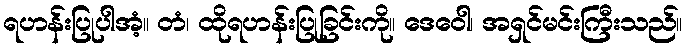
ရဟန်းပြုပါအံ့။ တံ၊ ထိုရဟန်းပြုခြင်းကို။ ဒေဝေါ၊ အရှင်မင်းကြီးသည်။